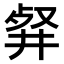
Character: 𠭘